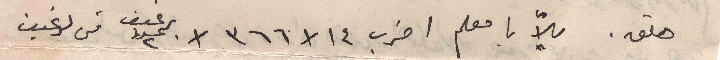
هلق. يلاّ يا معلم اضرب ١٤ * ٣٦٦ * رغيف عدد ٢ ثمن لرغيف